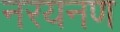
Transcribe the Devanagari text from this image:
नरयनण